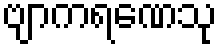
ဗျာကရဏေသု